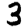
Digit: 3